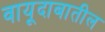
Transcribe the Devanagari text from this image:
वायूदाबातील